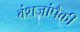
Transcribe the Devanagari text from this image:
वंशजांपैकी